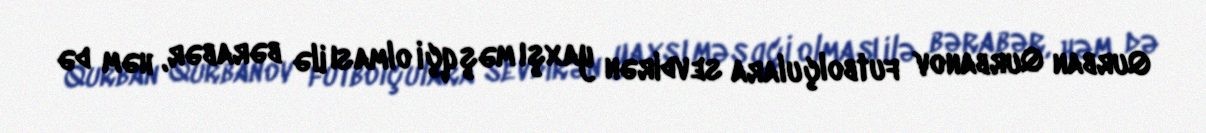
Qurban Qurbanov futbolçulara sevdirən yaxşı məşqçi olması ilə bərabər, həm də